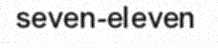
seven-eleven